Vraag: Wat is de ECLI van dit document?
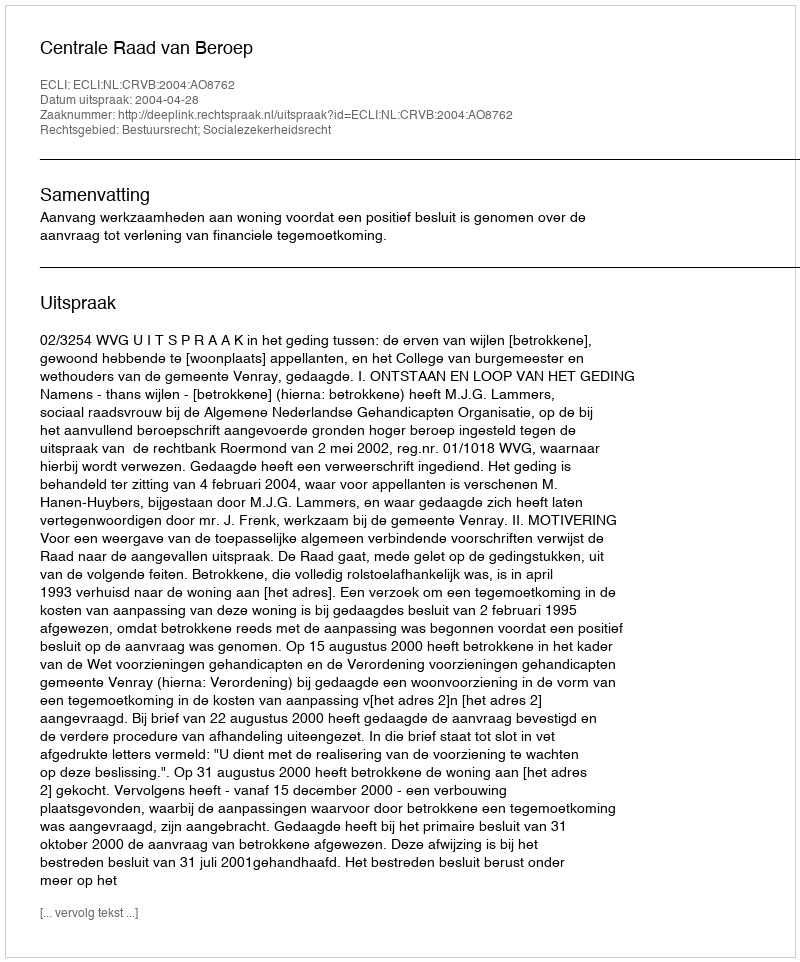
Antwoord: ECLI:NL:CRVB:2004:AO8762